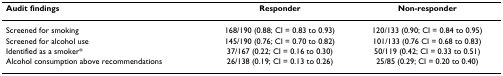
<table><thead><tr><td><b>Audit findings</b></td><td><b>Responder</b></td><td><b>Non-responder</b></td></tr></thead><tbody><tr><td>Screened for smoking</td><td>168/190 (0.88; CI = 0.83 to 0.93)</td><td>120/133 (0.90; CI = 0.84 to 0.95)</td></tr><tr><td>Screened for alcohol use</td><td>145/190 (0.76; CI = 0.70 to 0.82)</td><td>101/133 (0.76 CI = 0.68 to 0.83)</td></tr><tr><td>Identified as a smoker*</td><td>37/167 (0.22; CI = 0.16 to 0.30)</td><td>50/119 (0.42; CI = 0.33 to 0.51)</td></tr><tr><td>Alcohol consumption above recommendations</td><td>26/138 (0.19; CI = 0.13 to 0.26)</td><td>25/85 (0.29; CI = 0.20 to 0.40)</td></tr></tbody></table>